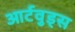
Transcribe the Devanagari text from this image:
आर्टवुड्स